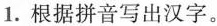
1. 根据拼音写出汉字。